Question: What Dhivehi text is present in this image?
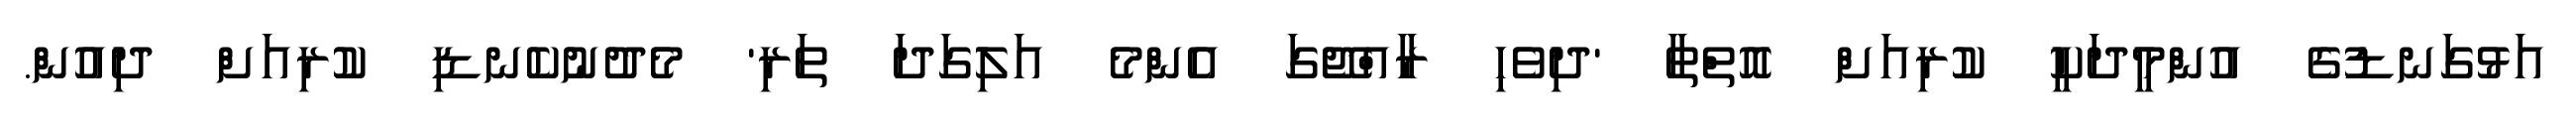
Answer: އަޅުގަނޑުގެ އުންމީދަކީ ކުރިއަށް އޮތްތާ 'ދިވެހި ރާއްޖޭގަ އެންމެ އަލިގަދަ ތަރި' މެދުނުކެނޑި ކުރިއަށް ދިއުން.